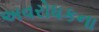
અવરોધકના